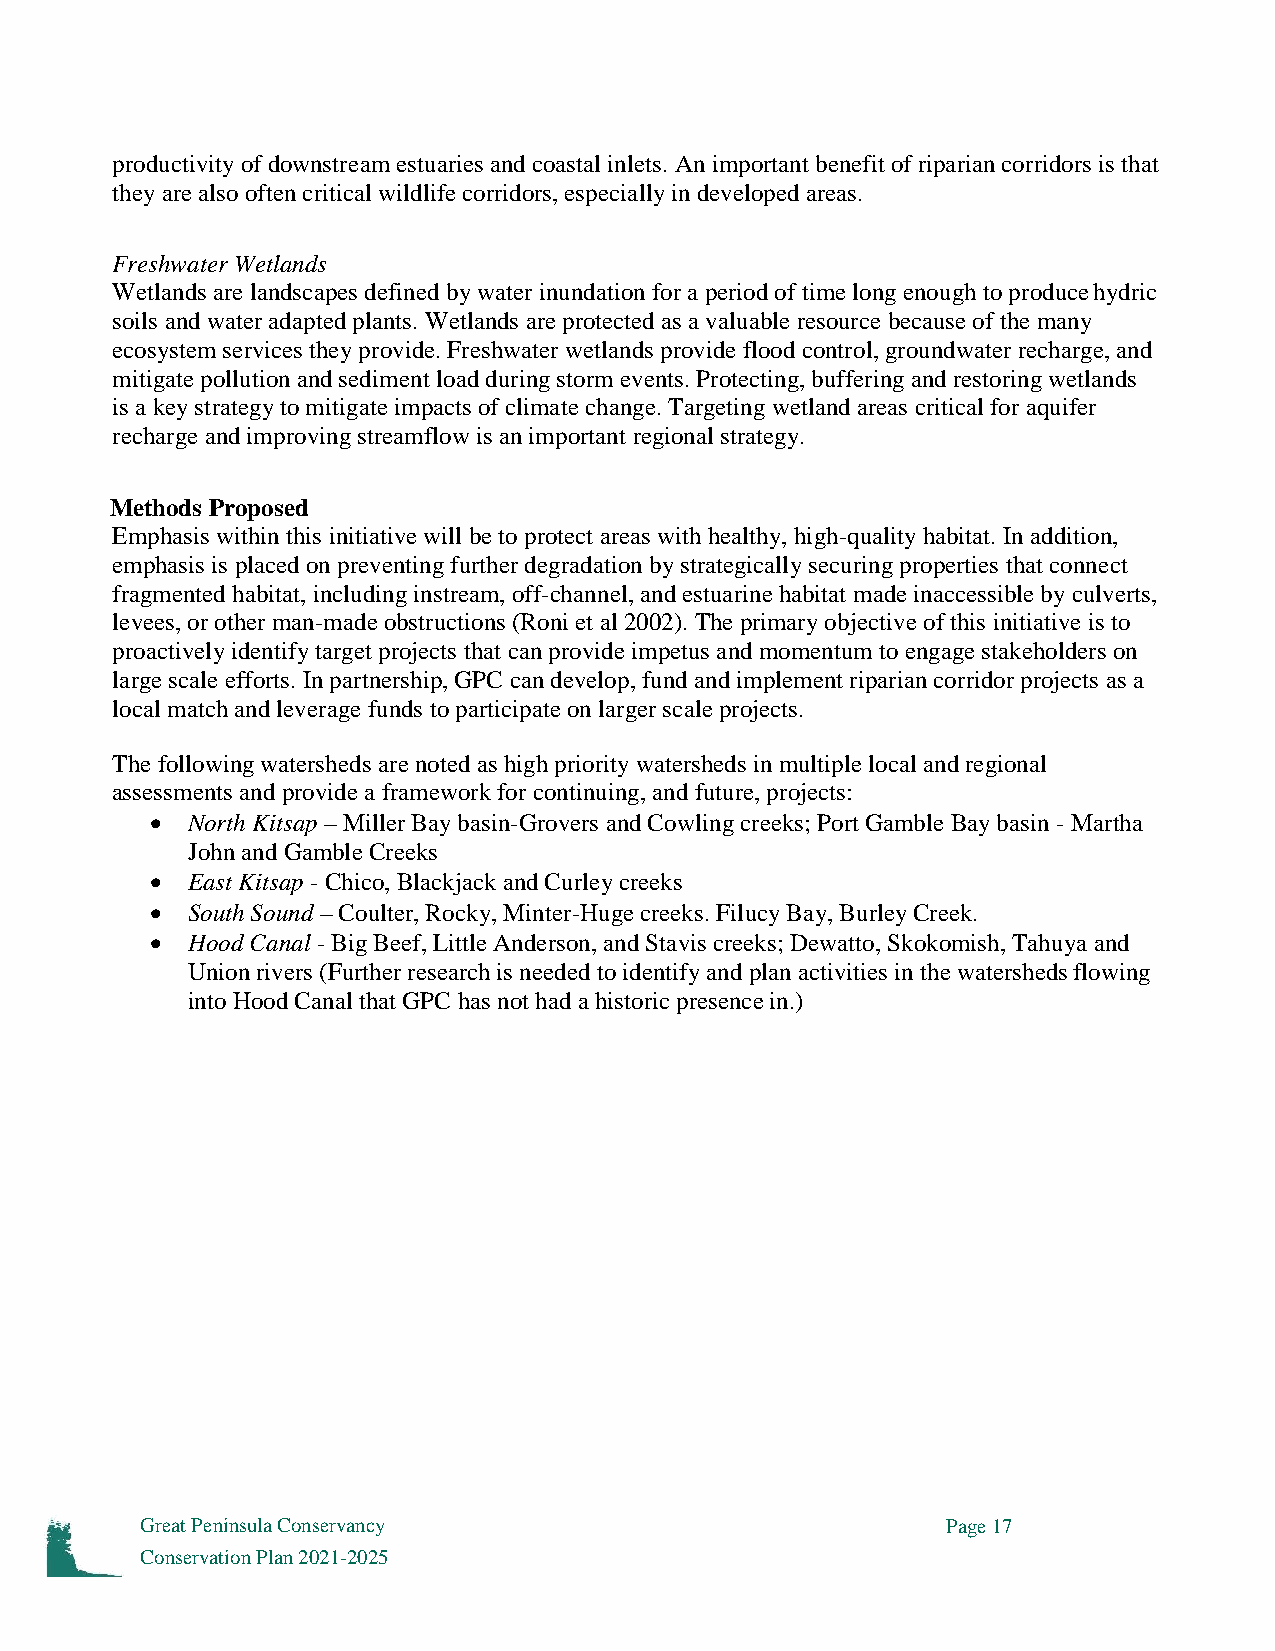
productivity of downstream estuaries and coastal inlets. An important benefit of riparian corridors is that
 they are also often critical wildlife corridors, especially in developed areas.
 Freshwater Wetlands
 Wetlands are landscapes defined by water inundation for a period of time long enough to produce hydric
 soils and water adapted plants. Wetlands are protected as a valuable resource because of the many
 ecosystem services they provide. Freshwater wetlands provide flood control, groundwater recharge, and
 mitigate pollution and sediment load during storm events. Protecting, buffering and restoring wetlands
 is a key strategy to mitigate impacts of climate change. Targeting wetland areas critical for aquifer
 recharge and improving streamflow is an important regional strategy.
 Methods Proposed
 Emphasis within this initiative will be to protect areas with healthy, high-quality habitat. In addition,
 emphasis is placed on preventing further degradation by strategically securing properties that connect
 fragmented habitat, including instream, off-channel, and estuarine habitat made inaccessible by culverts,
 levees, or other man-made obstructions (Roni et al 2002). The primary objective of this initiative is to
 proactively identify target projects that can provide impetus and momentum to engage stakeholders on
 large scale efforts. In partnership, GPC can develop, fund and implement riparian corridor projects as a
 local match and leverage funds to participate on larger scale projects.
 The following watersheds are noted as high priority watersheds in multiple local and regional
 assessments and provide a framework for continuing, and future, projects:
  North Kitsap – Miller Bay basin-Grovers and Cowling creeks; Port Gamble Bay basin - Martha
 John and Gamble Creeks
  East Kitsap - Chico, Blackjack and Curley creeks
  South Sound – Coulter, Rocky, Minter-Huge creeks. Filucy Bay, Burley Creek.
  Hood Canal - Big Beef, Little Anderson, and Stavis creeks; Dewatto, Skokomish, Tahuya and
 Union rivers (Further research is needed to identify and plan activities in the watersheds flowing
 into Hood Canal that GPC has not had a historic presence in.)
 Great Peninsula Conservancy                           Page 17
 Conservation Plan 2021-2025